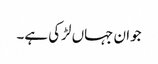
جوان جہاں لڑکی ہے۔